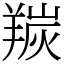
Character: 羰